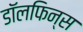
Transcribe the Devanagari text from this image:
डॉलफिन्स